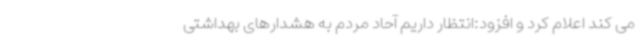
می کند اعلام کرد و افزود:انتظار داریم آحاد مردم به هشدارهای بهداشتی